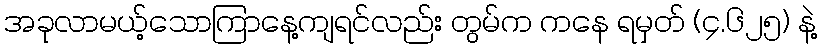
အခုလာမယ့်သောကြာနေ့ကျရင်လည်း တွမ်က ကနေ ရမှတ် (၄.၆၂၅) နဲ့